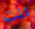
قلت